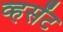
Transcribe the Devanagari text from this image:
व्हर्संट